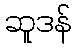
ဆူဒန်